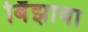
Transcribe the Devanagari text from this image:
बिँझावा